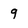
Character: 9